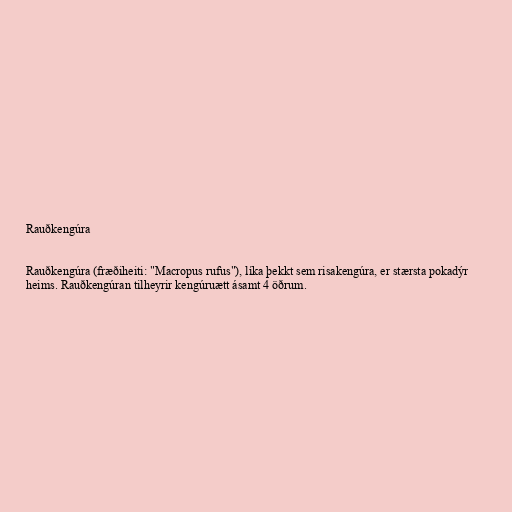
Rauðkengúra

Rauðkengúra (fræðiheiti: "Macropus rufus"), líka þekkt sem risakengúra, er stærsta pokadýr
heims. Rauðkengúran tilheyrir kengúruætt ásamt 4 öðrum.